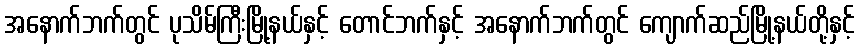
အနောက်ဘက်တွင် ပုသိမ်ကြီးမြို့နယ်နှင့် တောင်ဘက်နှင့် အနောက်ဘက်တွင် ကျောက်ဆည်မြို့နယ်တို့နှင့်